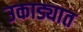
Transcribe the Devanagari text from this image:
उकाड्यात